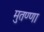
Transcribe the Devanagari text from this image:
मुतण्णा